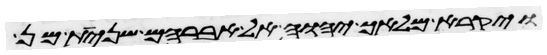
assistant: ויקרא מלאך יהוה אל אברהם שנית מן